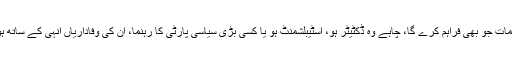
یہ لوازمات جو بھی فراہم کرے گا، چاہے وہ ڈکٹیٹر ہو، اسٹیبلشمنٹ ہو یا کسی بڑی سیاسی پارٹی کا رہنما، ان کی وفاداریاں انہی کے ساتھ ہوں گی۔